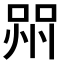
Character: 喌